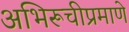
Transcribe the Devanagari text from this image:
अभिरूचीप्रमाणे